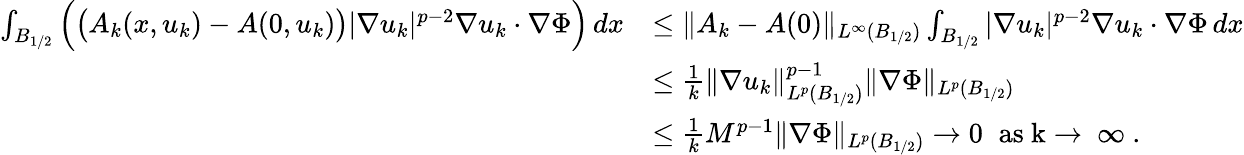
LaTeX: \begin{array}{rl}{\int_{B_{1/2}}\Big(\big(A_{k}(x,u_{k})-A(0,u_{k})\big)|\nabla u_{k}|^{p-2}\nabla u_{k}\cdot\nabla\Phi\Big)\, dx}&{\le\| A_{k}-A(0)\| _{L^{\infty}(B_{1/2})}\int_{B_{1/2}}|\nabla u_{k}|^{p-2}\nabla u_{k}\cdot\nabla\Phi\, dx}\\ &{\le\frac{1}{k}\| \nabla u_{k}\| _{L^{p}(B_{1/2})}^{p-1}\| \nabla\Phi\| _{L^{p}(B_{1/2})}}\\ &{\le\frac{1}{k}M^{p-1}\| \nabla\Phi\| _{L^{p}(B_{1/2})}\to 0\; \; \mathrm{as~k\to~\infty~}.}\end{array}